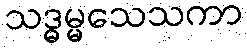
သဒ္ဓမ္မသေသကာ